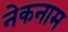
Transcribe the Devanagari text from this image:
नेकनाम